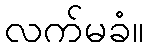
လက်မခံ။